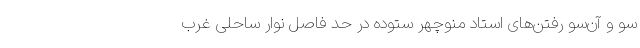
سو و آن‌سو رفتن‌های استاد منوچهر ستوده در حد فاصل نوارِ ساحلی غرب